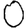
Digit: 0